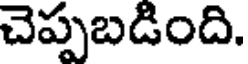
చెప్పబడింది.